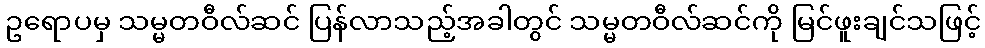
ဥရောပမှ သမ္မတဝီလ်ဆင် ပြန်လာသည့်အခါတွင် သမ္မတဝီလ်ဆင်ကို မြင်ဖူးချင်သဖြင့်